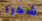
شكرا